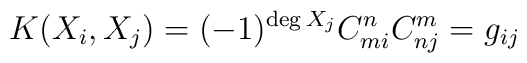
K(X_i,X_j) = (-1)^{\deg X_j} C_{mi}^n C_{nj}^m = g_{ij}